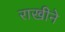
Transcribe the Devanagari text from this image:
राखीने